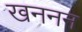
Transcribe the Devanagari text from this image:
खननन